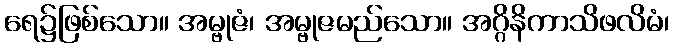
ရေ၌ဖြစ်သော။ အမ္ဗုဇံ၊ အမ္ဗုဇမည်သော။ အဂ္ဂိနိကာသိဖလိမံ၊